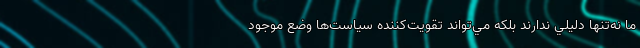
ما نه‌تنها دليلي ندارند بلکه مي‌تواند تقويت‌کننده سياست‌ها وضع موجود